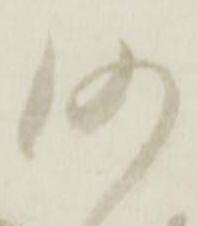
沙